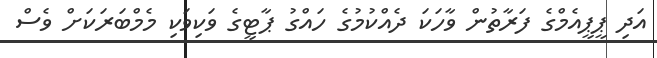
އަދި ޕީޕީއެމްގެ ފަރާތުން ވާހަކަ ދެއްކުމުގެ ހައްގު ޕާޓީގެ ވަކިވަކި މެމްބަރަކަށް ވެސް